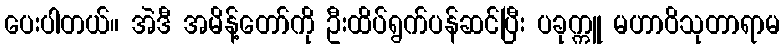
ပေးပါတယ်။ အဲဒီ အမိန့်တော်ကို ဦးထိပ်ရွက်ပန်ဆင်ပြီး ပခုက္ကူ မဟာဝိသုတာရာမ